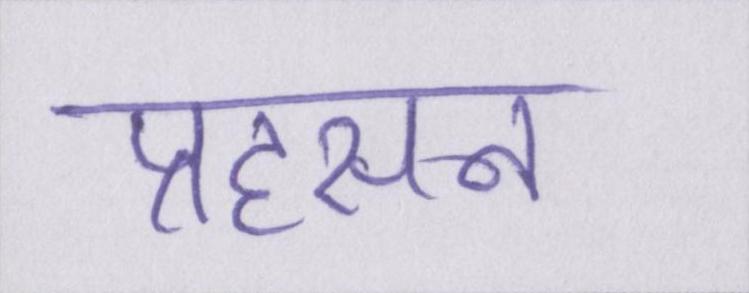
प्रहसन